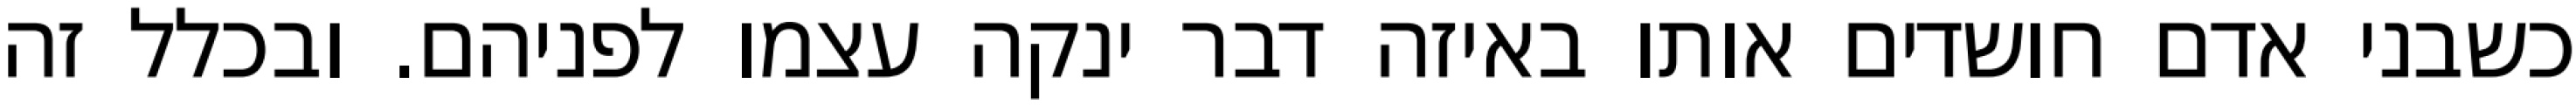
כשבני אדם חושדים אותו באיזה דבר ינקה עצמו לפניהם. ובכלל זה